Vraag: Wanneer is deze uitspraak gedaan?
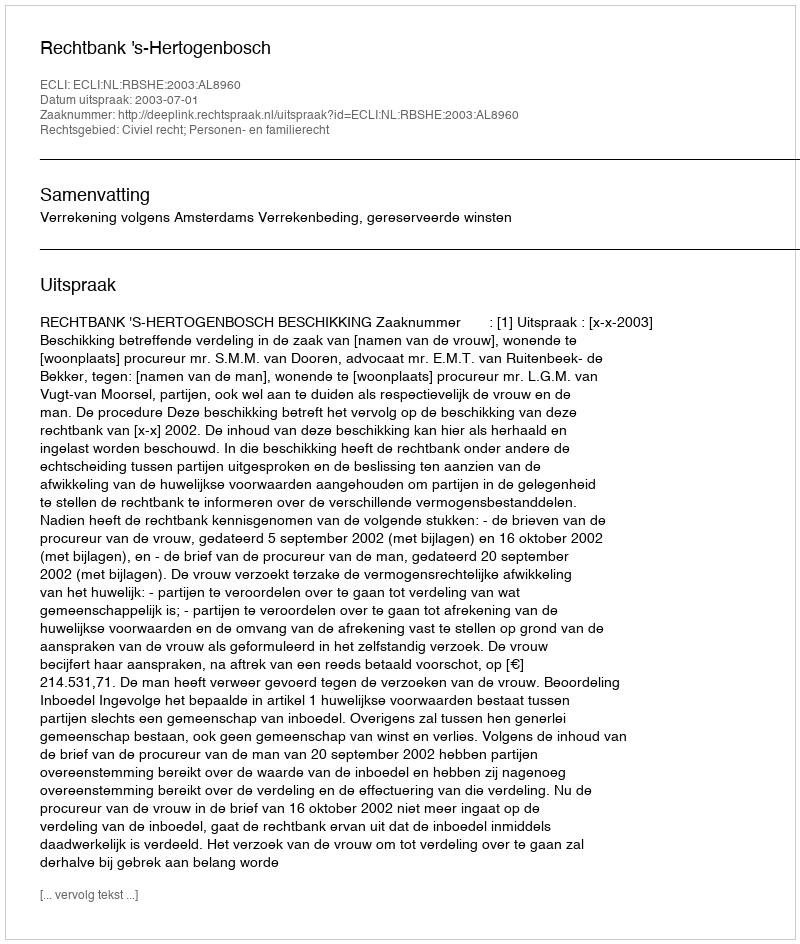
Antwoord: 2003-07-01